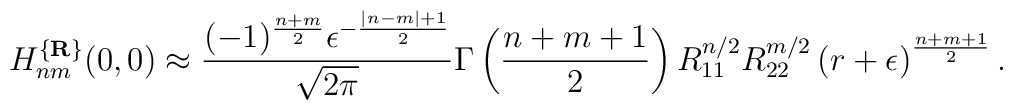
H_{nm}^{\{{\bf R}\}}(0,0)\approx\frac {(-1)^{\frac {n+m}2}\epsilon^{-\frac {|n-m|+1}2}}{\sqrt {2\pi}}\Gamma\left(\frac {n+m+1}2\right)R_{11}^{n/2}R_{22}^{m/2}\left(r+\epsilon\right)^{\frac {n+m+1}2}.